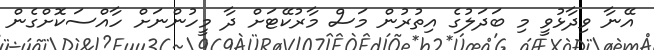
އޭނާ ވިދާޅުވީ މި ބަދަލުގެ އިތުރުން މަސް މާރުކޭޓަށް ދާ މީހުންނަށް ހާއްސަކޮށްގެން